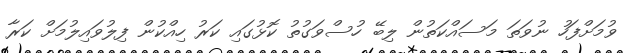
ވުމަށްފަހު ނުވަތަ މަސައްކަތުން ލިބޭ ހުސްވަގުތު ކޮޅުގައި ކަރު ހިއްކުން ފިލުވައިލުމަށް ކަރާ